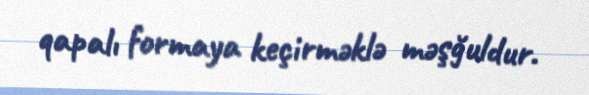
qapalı formaya keçirməklə məşğuldur.